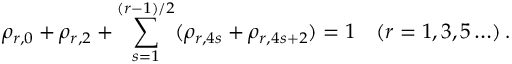
\rho _ { r , 0 } + \rho _ { r , 2 } + \sum _ { s = 1 } ^ { ( r - 1 ) / 2 } ( \rho _ { r , 4 s } + \rho _ { r , 4 s + 2 } ) = 1 \quad ( r = 1 , 3 , 5 \ldots ) \, .